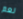
نعم